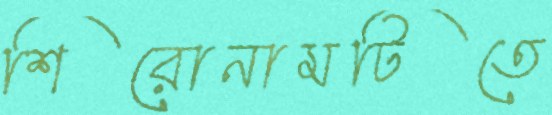
শিরোনামটিতে